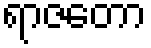
ရာဇတော